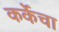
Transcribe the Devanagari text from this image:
कर्केचा